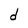
Character: d